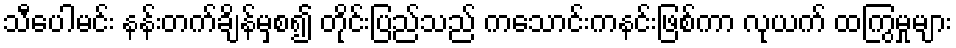
သီပေါမင်း နန်းတက်ချိန်မှစ၍ တိုင်းပြည်သည် ကသောင်းကနင်းဖြစ်ကာ လုယက် ထကြွမှုများ